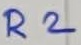
Text: R2